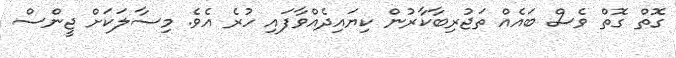
ގޮތް ގޮތް ވެސް ބައެއް ތަޖުރިބާކާރުން ކިޔައިދެއްވާފައި ހުރެ އެވެ. މިސާލަކަށް ޖީންސް